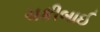
ચકીબાઈ